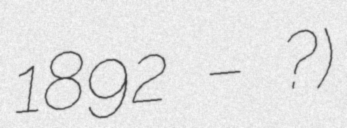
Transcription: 1892 – ?)